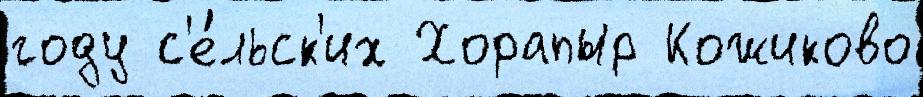
году с'е́льск'их Хорапыр Кожиково